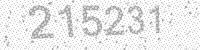
Solution: 215231